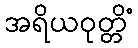
အရိယဝုတ္တိံ